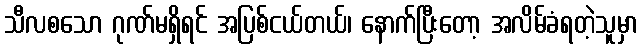
သီလစသော ဂုဏ်မရှိရင် အပြစ်ငယ်တယ်၊ နောက်ပြီးတော့ အလိမ်ခံရတဲ့သူမှာ